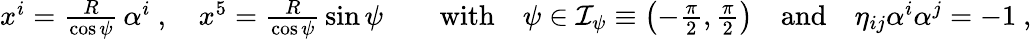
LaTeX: \begin{array}{r}{x^{i}=\frac{R}{\cos{\psi}}\, \alpha^{i}\ ,\quad x^{5}=\frac{R}{\cos{\psi}}\, \sin{\psi}\qquad\mathrm{with}\quad\psi\in{\cal I}_{\psi}\equiv\left(-\frac{\pi}{2},\frac{\pi}{2}\right)\quad\mathrm{and}\quad\eta_{ij}\alpha^{i}\alpha^{j}=-1\ ,}\end{array}